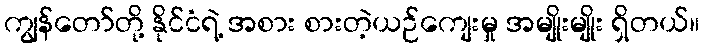
ကျွန်တော်တို့ နိုင်ငံရဲ့ အစား စားတဲ့ယဉ်ကျေးမှု အမျိုးမျိုး ရှိတယ်။